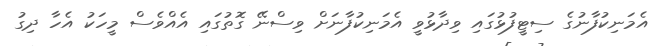
އެމަނިކުފާނުގެ ސިޓީފުޅުގައި ވިދާޅުވީ އެމަނިކުފާނަށް ވިސްނޭ ގޮތުގައި އެއްވެސް މީހަކު އެހާ ދިގު